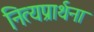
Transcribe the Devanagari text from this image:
नित्यप्रार्थना